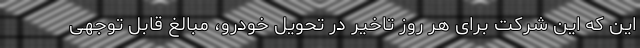
این که این شرکت برای هر روز تاخیر در تحویل خودرو،‌ مبالغ قابل توجهی